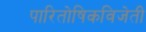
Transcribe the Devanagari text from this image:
पारितोषिकविजेती